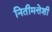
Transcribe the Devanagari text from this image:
नितीमत्तेशी